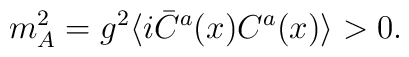
m_{A}^2 = g^2 \langle i  \bar C^a(x) C^a(x) \rangle > 0 .